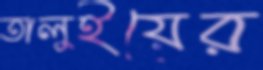
তালুইয়ের